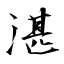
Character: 湛